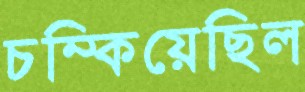
চম্‌কিয়েছিল